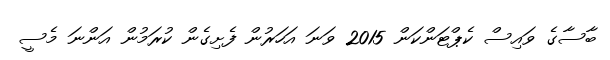
ބާސާގެ ވައިސް ކެޕްޓަންކަން 2015 ވަނަ އަހަރުން ފެށިގެން ކުރަމުން އަންނަ މެސީ